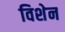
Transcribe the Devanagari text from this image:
विशेन